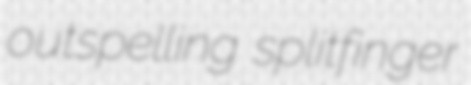
outspelling splitfinger